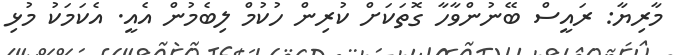
މާރިޔާ: ރައީސް ބޭނުންވާހާ ގޮތަކަށް ކުރިން ހުކުމް ލިބެމުން އެއީ. އެކަމަކު މުޅި